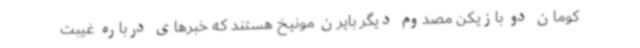
کومان دو بازیکن مصدوم دیگر بایرن مونیخ هستند که خبرهای درباره غیبت